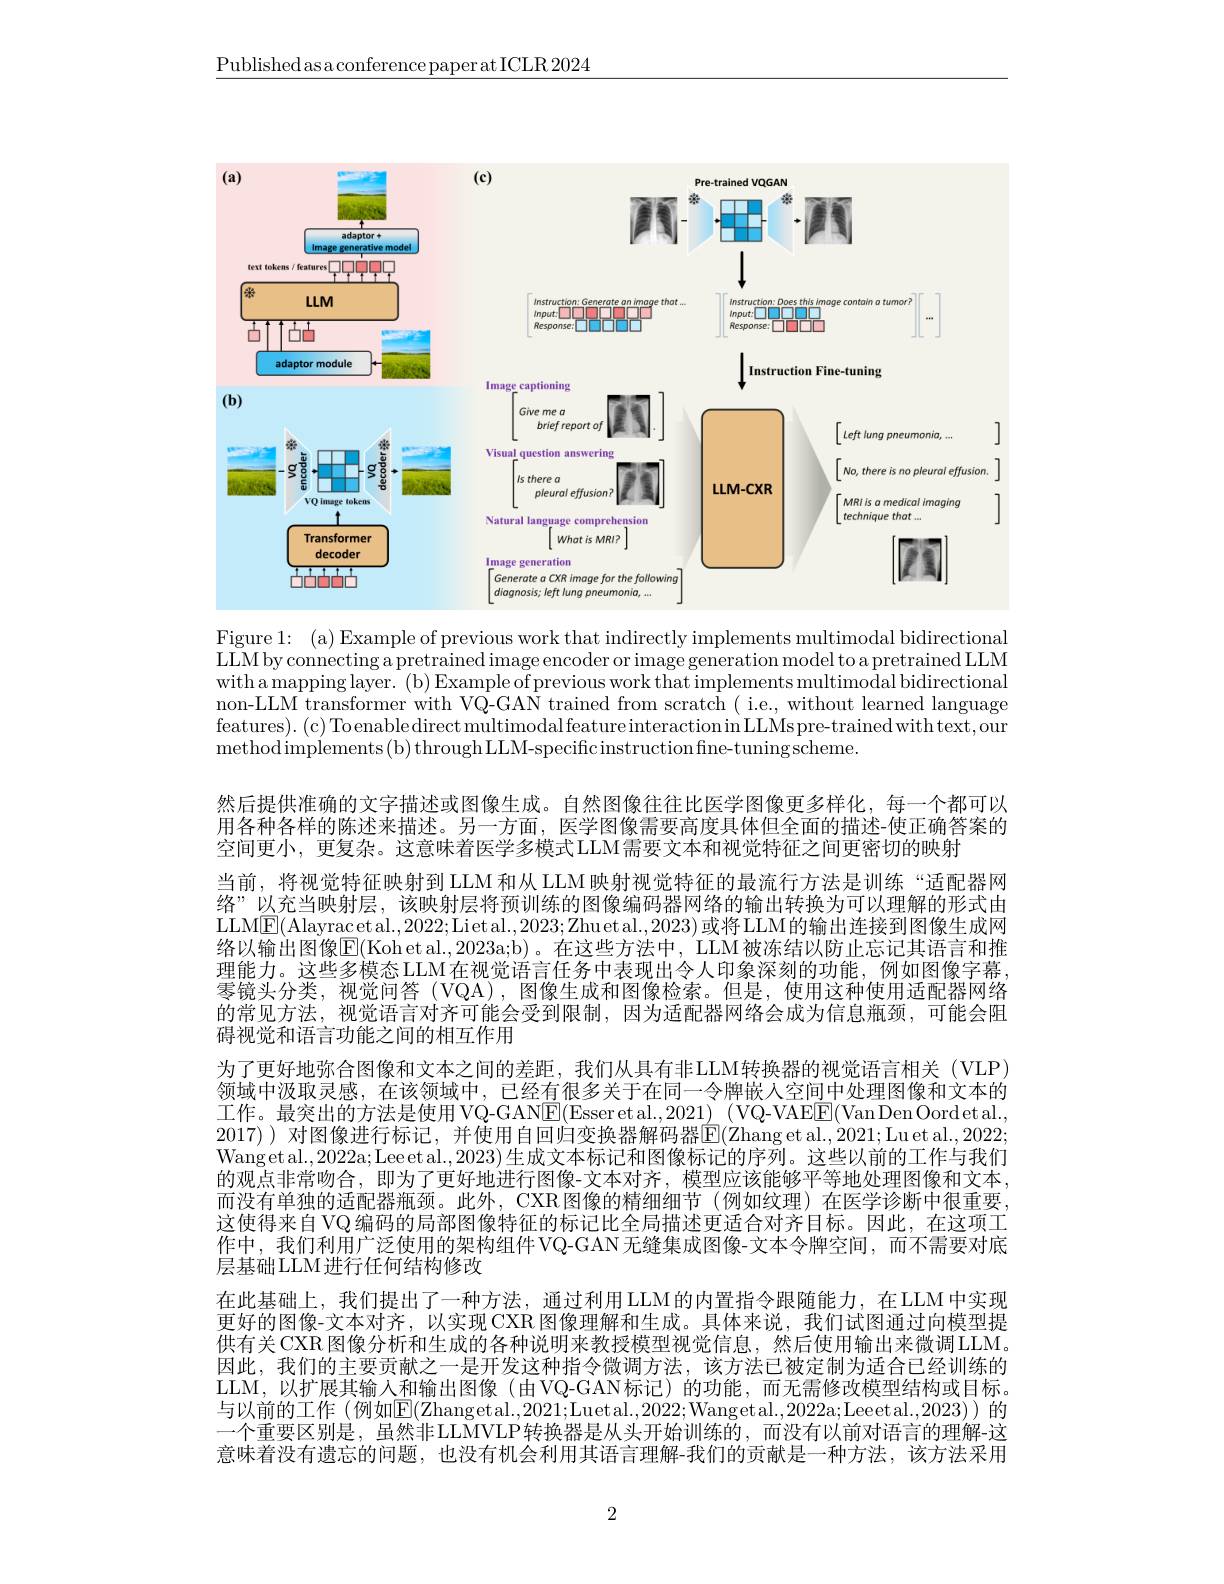
$\underline{\text{Published as a conference paper at ICLR 2024}}$

<FigureHere>

Figure 1: (a) Example of previous work that indirectly implements multimodal bidirectional LLM by connecting a pretrained image encoder or image generation model to a pretrained LLM with a mapping layer. (b) Example of previous work that implements multimodal bidirectional non-LLM transformer with VQ-GAN trained from scratch ( i.e., without learned language features).(c) Toenabledirect multimodal feature interaction in LLMs pre-trained with text, our methodimplements( b) throughLLM- specificinstruction fine- tuningscheme.

然后提供准确的文字描述或图像生成。自然图像往往比医学图像更多样化，每一个都可以用各种各样的陈述来描述。另一方面，医学图像需要高度具体但全面的描述-使正确答案的空间更小，更复杂。这意味着医学多模式LLM需要文本和视觉特征之间更密切的映射
当前，将视觉特征映射到 LLM 和从 LLM 映射视觉特征的最流行方法是训练“适配器网络”以充当映射层，该映射层将预训练的图像编码器网络的输出转换为可以理解的形式由LLM$\boxed{\mathrm{F}}($Alayracetal.,2022;Liet al.,2023;Zhuet al.,2023)或将LLM的输出连接到图像生成网络以输出图像$\operatorname{E}($Koh et al.,2023a;b)。在这些方法中，LLM 被冻结以防止忘记其语言和推理能力。这些多模态LLM在视觉语言任务中表现出令人印象深刻的功能，例如图像字幕， 零镜头分类，视觉问答(VQA),图像生成和图像检索。但是，使用这种使用适配器网络的常见方法，视觉语言对齐可能会受到限制，因为适配器网络会成为信息瓶颈，可能会阻碍视觉和语言功能之间的相互作用
为了更好地弥合图像和文本之间的差距，我们从具有非LLM转换器的视觉语言相关(VLP) 领域中汲取灵感，在该领域中，已经有很多关于在同一令牌嵌人空间中处理图像和文本的工作。最突出的方法是使用 VQ-GANE(Esser et al.,2021) (VQ-VAEE(VanDenOordet al., 2017) )对图像进行标记，并使用自回归变换器解码器$\overline{\mathbb{E}}($Zhang et al.,2021;Lu et al.,2022; Wangetal.,2022a;Leeetal.,2023)生成文本标记和图像标记的序列。这些以前的工作与我们的观点非常吻合，即为了更好地进行图像-文本对齐，模型应该能够平等地处理图像和文本， 而没有单独的适配器瓶颈。此外，CXR 图像的精细细节 (例如纹理)在医学诊断中很重要， 这使得来自VQ 编码的局部图像特征的标记比全局描述更适合对齐目标。因此，在这项工作中，我们利用广泛使用的架构组件 VQ-GAN 无缝集成图像-文本令牌空间，而不需要对底层基础LLM进行任何结构修改
在此基础上，我们提出了一种方法，通过利用LLM的内置指令跟随能力，在LLM中实现更好的图像-文本对齐，以实现 CXR 图像理解和生成。具体来说，我们试图通过向模型提供有关 CXR 图像分析和生成的各种说明来教授模型视觉信息，然后使用输出来微调LLM。因此，我们的主要贡献之一是开发这种指令微调方法，该方法已被定制为适合已经训练的LLM,以扩展其输人和输出图像(由VQ-GAN标记)的功能，而无需修改模型结构或目标。一个重要区别是，虽然非LLMVLP转换器是从头开始训练的，而没有以前对语言的理解-这意味着没有遗忘的问题，也没有机会利用其语言理解-我们的贡献是一种方法，该方法采用

2